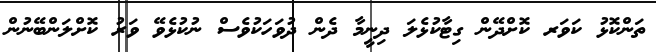
ތަންކޮޅު ކަވަރ ކޮށްދޭން ގިޓާކުޅެލަ ދިނީމާ ދެން ދުވަހަކުވެސް ނުކުޅެވޭ ވަރު ކޮށްލަންބޭނުން